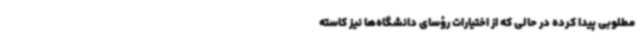
مطلوبی پیدا کرده در حالی که از اختیارات رؤسای دانشگاه‌ها نیز کاسته